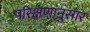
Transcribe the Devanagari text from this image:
परिक्षणांनुसार